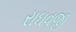
રાઘવજી